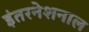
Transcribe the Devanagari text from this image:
इंतरनेशनाल